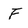
Character: F